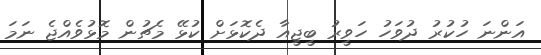
އަންނަ ހުކުރު ދުވަހު ހަވީރު ބީޖީއާ ދެކޮޅަށް ކުޅޭ މެޗުން މޮޅުވެއްޖެ ނަމަ